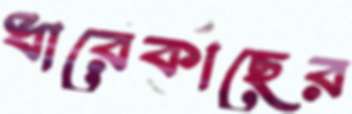
ধারেকাছের